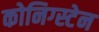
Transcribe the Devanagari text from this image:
कोनिग्स्टेन